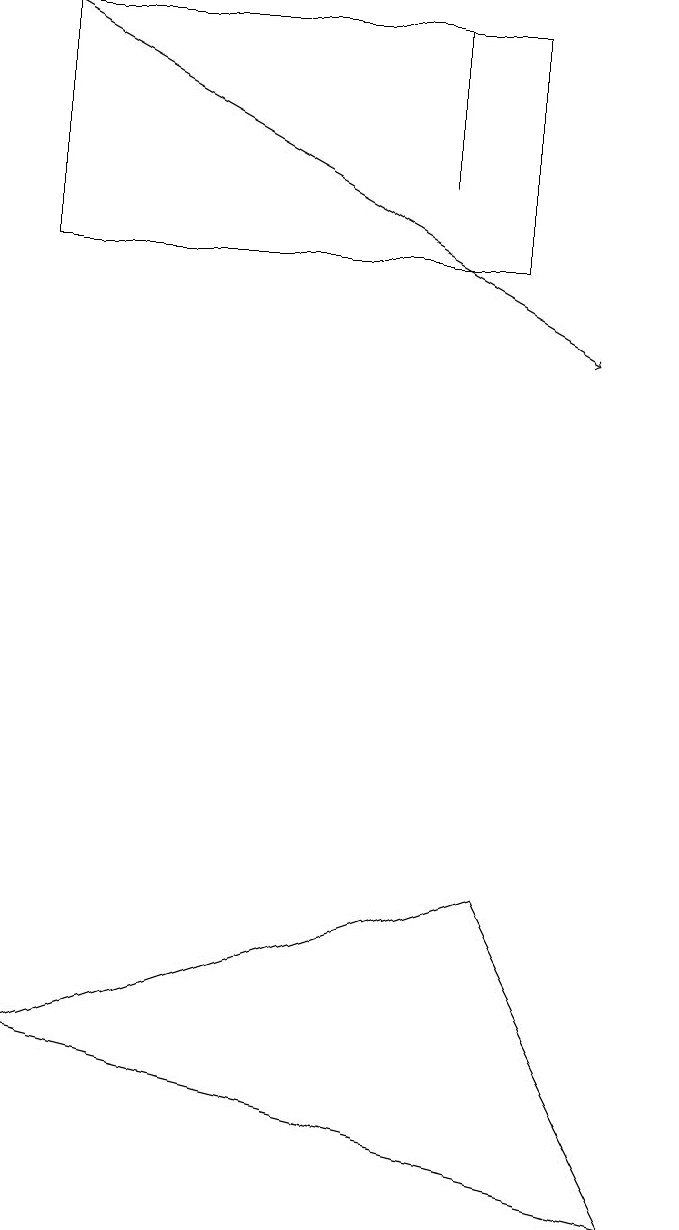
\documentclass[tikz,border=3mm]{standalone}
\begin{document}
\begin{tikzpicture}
\draw (5,17) rectangle (5,19);
\draw (6,19) rectangle (0,16);
\draw (0,6) -- (6,8) -- (8,4) -- cycle;
\draw[->] (0,19) -- (7,15);
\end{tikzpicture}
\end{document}